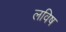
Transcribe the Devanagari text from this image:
लविष